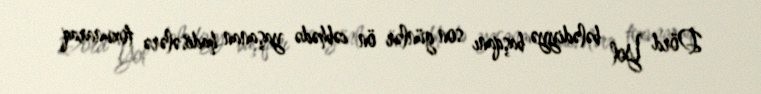
Dörd Yol bələdiyyə başqanı son günlər ön cəbhədə yaşanan hadisələrə toxunaraq